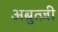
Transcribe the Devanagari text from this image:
अब्रुत्ज़ी